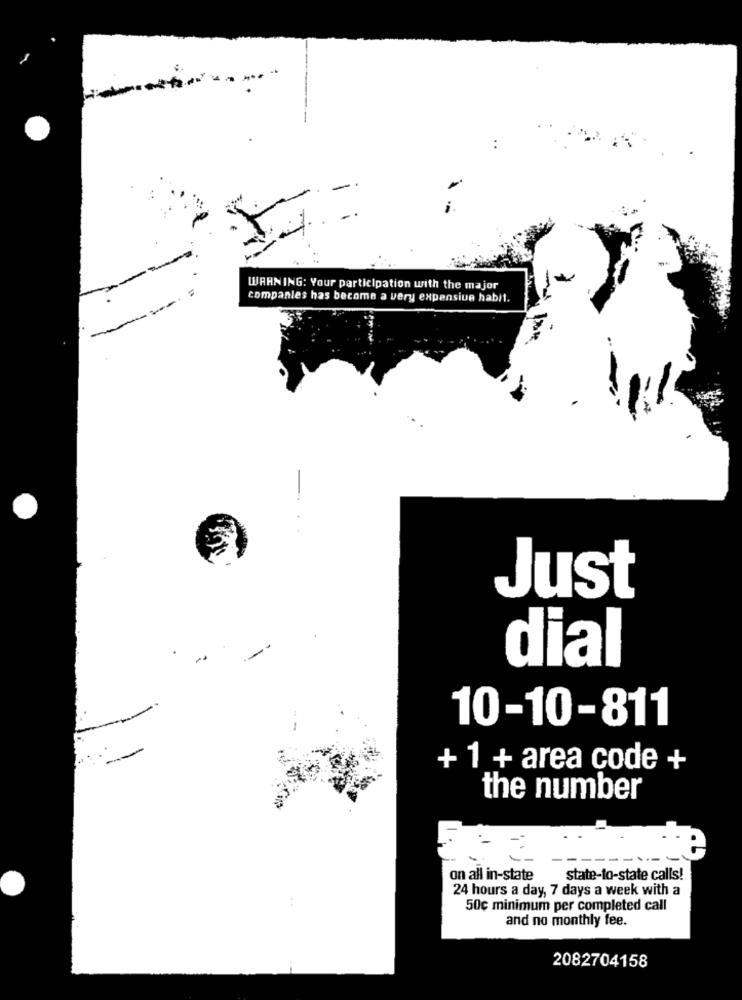
WARNING: Your participation with the major
companies has become a very expensive habit.
-
Just
dial
10-10-811
+ 1 + area code +
the number
on all in-state
state-to-state calls!
24 hours a day, 7 days a week with a
50c minimum per completed call
and no monthly fee.
2082704158